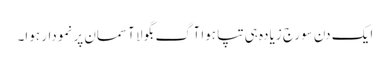
ایک دن سورج زیادہ ہی تپا ہوا آگ بگولا آسمان پر نمودار ہوا۔